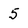
Character: 5